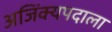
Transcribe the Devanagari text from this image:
अजिंक्यपदाला